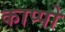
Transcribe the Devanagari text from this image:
काप्पो